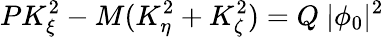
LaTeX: PK_{\xi}^{2}-M(K_{\eta}^{2}+K_{\zeta}^{2})=Q~|\phi_{0}|^{2}